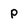
Character: p